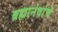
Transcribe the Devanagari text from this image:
ब्रह्मानंदांचे